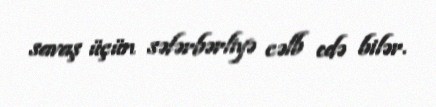
savaş üçün səfərbərliyə cəlb edə bilər.